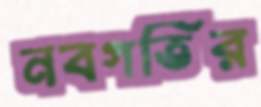
নবগতির